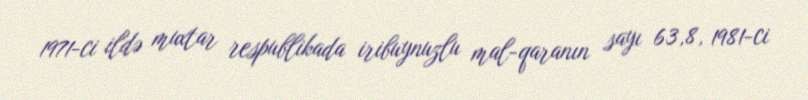
1971-ci ildə muxtar respublikada iribuynuzlu mal-qaranın sayı 63,8, 1981-ci